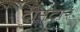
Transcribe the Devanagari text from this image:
दीनदार